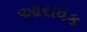
આરાધક